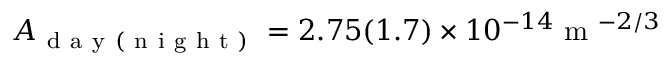
A _ { \mathrm { ~ d ~ a ~ y ~ ( ~ n ~ i ~ g ~ h ~ t ~ ) ~ } } = 2 . 7 5 ( 1 . 7 ) \times 1 0 ^ { - 1 4 } \mathrm { ~ m ~ } ^ { - 2 / 3 }